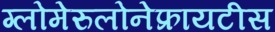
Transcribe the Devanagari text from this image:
ग्लोमेरुलोनेफ्रायटीस